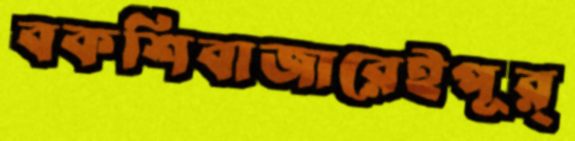
বকশিবাজারেইপূর্